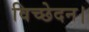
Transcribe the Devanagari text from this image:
विच्छेदन।